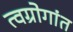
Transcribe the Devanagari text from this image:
त्वग्रोगांत